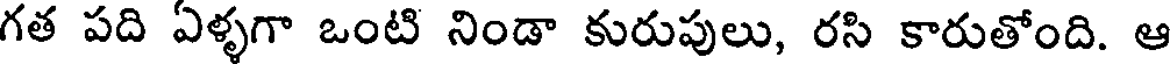
గత పది ఏళ్ళగా ఒంటి నిండా కురుపులు, రసి కారుతోంది. ఆ